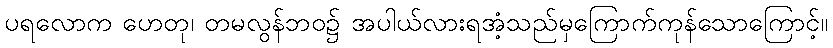
ပရလောက ဟေတု၊ တမလွန်ဘဝ၌ အပါယ်လားရအံ့သည်မှကြောက်ကုန်သောကြောင့်။